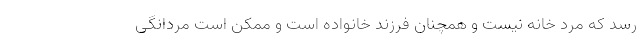
رسد که مرد خانه نیست و همچنان فرزند خانواده است و ممکن است مردانگی